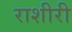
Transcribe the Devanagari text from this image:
राशीरी